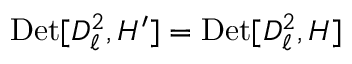
\mathrm { D e t } [ D _ { \ell } ^ { 2 } , H ^ { \prime } ] = \mathrm { D e t } [ D _ { \ell } ^ { 2 } , H ]